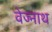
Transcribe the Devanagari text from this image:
वेज्नाथ